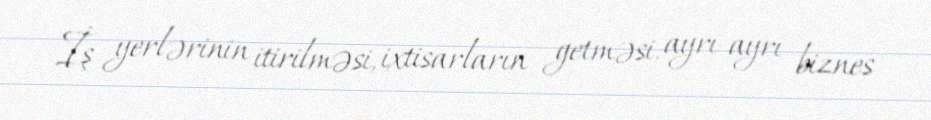
İş yerlərinin itirilməsi, ixtisarların getməsi, ayrı-ayrı biznes